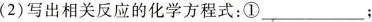
(2)写出相关反应的化学方程式：①___；